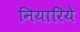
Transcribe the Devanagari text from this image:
नियारिये